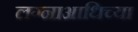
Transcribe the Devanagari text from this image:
लग्नाआधिच्या